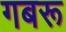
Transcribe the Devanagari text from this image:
गबरू